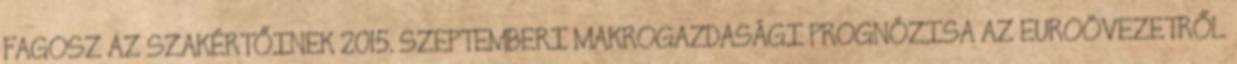
FAGOSZ AZ SZAKÉRTŐINEK 2015. SZEPTEMBERI MAKROGAZDASÁGI PROGNÓZISA AZ EUROÖVEZETRŐL